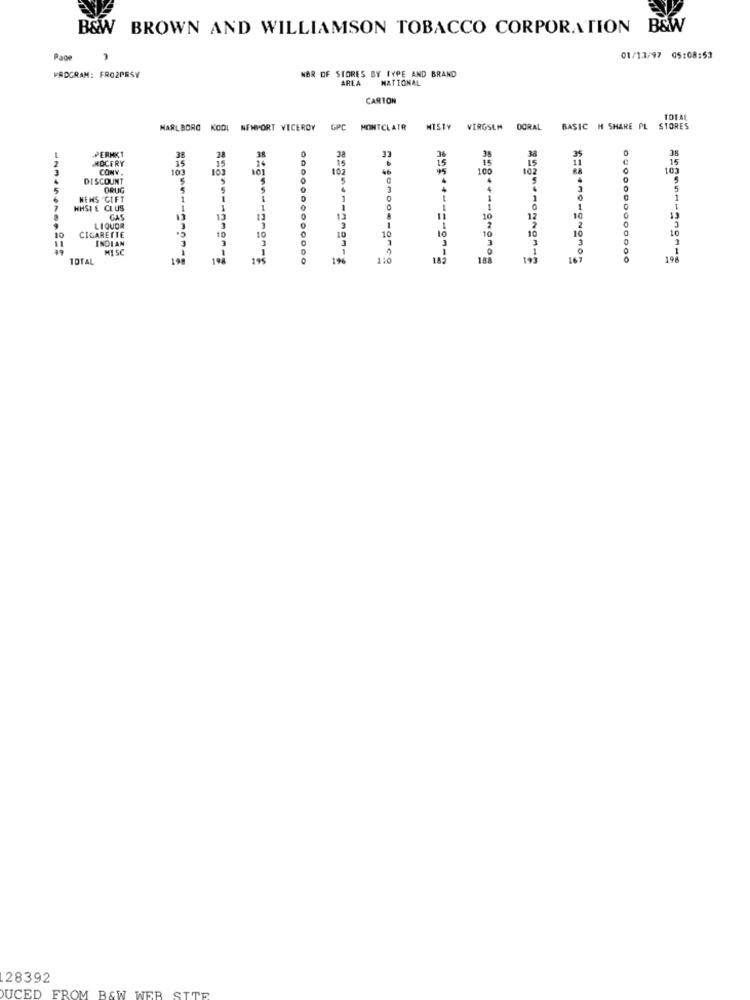
B&W BROWN AND WILLIAMSON TOBACCO CORPORATION B&W
Page
01/13/97 05:08:53
PROGRAM: FRO2PESY
NOR OF STORES BY TYPE AND BRAND
AREA
NATIONAL
CARTON
MARLBORO KOOL
NEWPORT VICEROY GPC
MONTCLAIR
MISTY VIRGSEM
DORAL BASIC H SHARE PL STORES
PERMKT
GROCERY
15
33
15
.15
CONY.
103
101
100
107
10
DISCOUNT
5
NENS GIFT
1
1
HHSI E CLUS
1
1
1
0
GAS
13
13
12
10
12
10
10
LIQUOR
10
CIGARETTE
10
10
10
MISC
TOTAL
198
19
1:0
18
19:
*= F .nowgnomos
19
28392
SITE
DUCED FROM B&W WEB